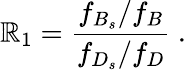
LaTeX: \mathbb{R}_{1}={\frac{{f_{B_{s}}/f_{B}}}{{f_{D_{s}}/f_{D}}}}\ .